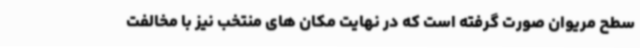
سطح مریوان صورت گرفته است که در نهایت مکان های منتخب نیز با مخالفت